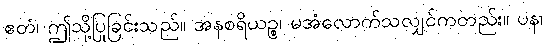
ဧတံ၊ ဤသို့ပြုခြင်းသည်။ အနစရိယဉ္စ၊ မအံလောက်သလျှင်ကတည်း။ ပန၊